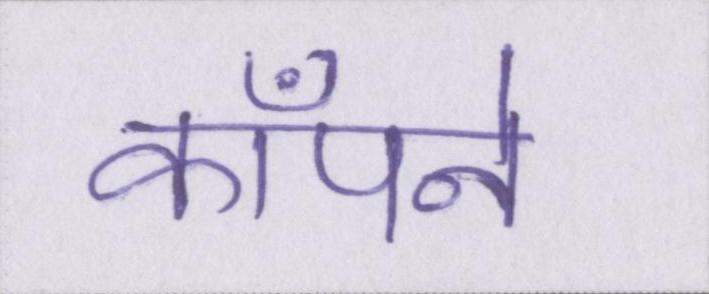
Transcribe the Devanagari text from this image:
काँपने